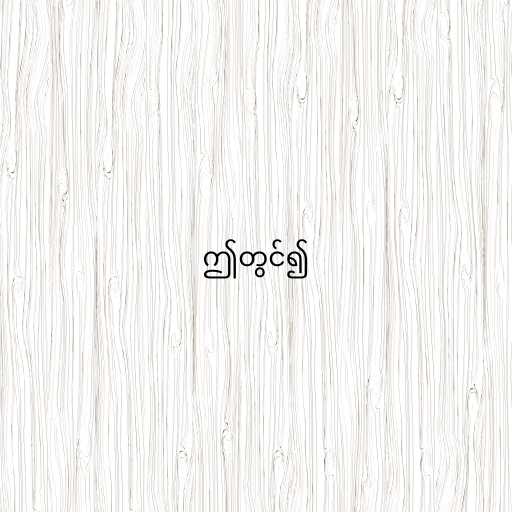
ဤတွင်၍